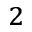
_ 2